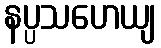
နပ္ပသဟေယျ